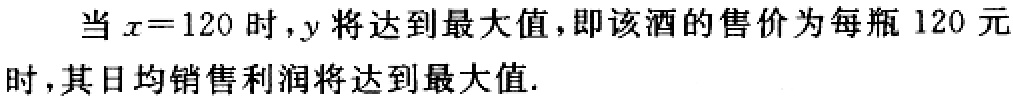
当\(x = 120\)时，\(y\)将达到最大值，即该酒的售价为每瓶 \(120\) 元时，其日均销售利润将达到最大值.